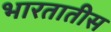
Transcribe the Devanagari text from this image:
भारतातीस